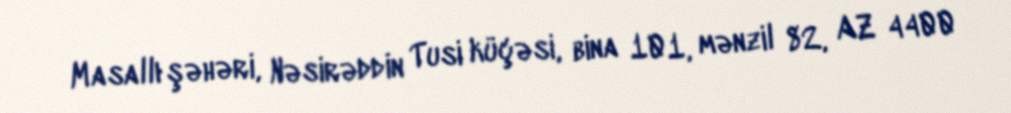
Masallı şəhəri, Nəsirəddin Tusi küçəsi, bina 101, mənzil 82, AZ 4400